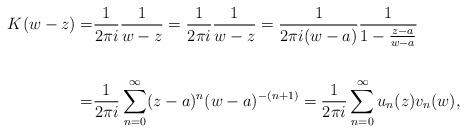
LaTeX: \begin{align*}K(w-z) = & \frac{1}{2\pi i} \frac{1}{w-z} = \frac{1}{2\pi i} \frac{1}{w-z} = \frac{1}{2\pi i (w-a)} \frac{1}{1-\frac{z-a}{w-a}} \\\\ = & \frac{1}{2\pi i } \sum_{n=0}^{\infty} (z-a)^n(w-a)^{-(n+1)} = \frac{1}{2\pi i } \sum_{n=0}^{\infty} u_n(z)v_n(w), \end{align*}